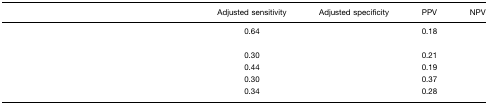
<table><thead><tr><td>[EMPTY_CELL]</td><td><b>Adjusted sensitivity</b></td><td><b>Adjusted specificity</b></td><td><b>PPV</b></td><td><b>NPV</b></td></tr></thead><tbody><tr><td>[EMPTY_CELL]</td><td>0.64</td><td>[EMPTY_CELL]</td><td>0.18</td><td>[EMPTY_CELL]</td></tr><tr><td>[EMPTY_CELL]</td><td>[EMPTY_CELL]</td><td>[EMPTY_CELL]</td><td>[EMPTY_CELL]</td><td>[EMPTY_CELL]</td></tr><tr><td>[EMPTY_CELL]</td><td>0.30</td><td>[EMPTY_CELL]</td><td>0.21</td><td>[EMPTY_CELL]</td></tr><tr><td>[EMPTY_CELL]</td><td>0.44</td><td>[EMPTY_CELL]</td><td>0.19</td><td>[EMPTY_CELL]</td></tr><tr><td>[EMPTY_CELL]</td><td>0.30</td><td>[EMPTY_CELL]</td><td>0.37</td><td>[EMPTY_CELL]</td></tr><tr><td>[EMPTY_CELL]</td><td>0.34</td><td>[EMPTY_CELL]</td><td>0.28</td><td>[EMPTY_CELL]</td></tr></tbody></table>